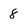
Character: 8